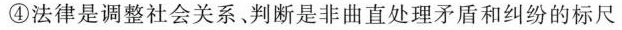
④法律是调整社会关系、判断是非曲直处理矛盾和纠纷的标尺